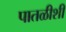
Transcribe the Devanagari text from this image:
पातळीशीं